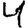
Digit: 4